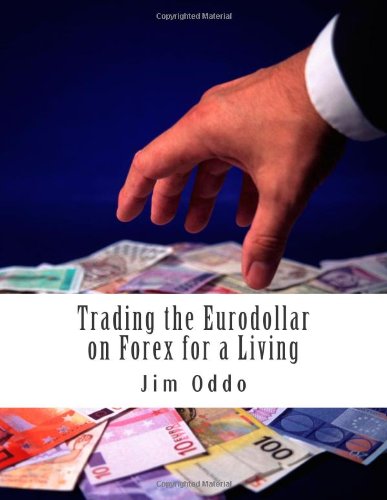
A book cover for Trading the Eurodollar on Forex for a Living; Jim Oddo; Business & Money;